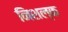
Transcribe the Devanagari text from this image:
निशल्क